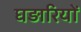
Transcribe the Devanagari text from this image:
घड़ारियों